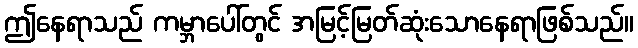
ဤနေရာသည် ကမ္ဘာပေါ်တွင် အမြင့်မြတ်ဆုံးသောနေရာဖြစ်သည်။